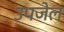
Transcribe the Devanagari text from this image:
उपजेल